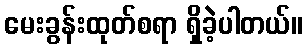
မေးခွန်းထုတ်စရာ ရှိခဲ့ပါတယ်။